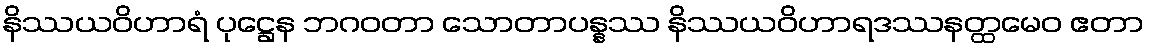
နိဿယဝိဟာရံ ပုဋ္ဌေန ဘဂဝတာ သောတာပန္နဿ နိဿယဝိဟာရဒဿနတ္ထမေဝ ဧတာ